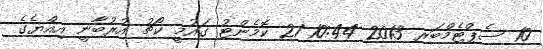
10 ސެޕްޓެމްބަރ 2013 10:44 21 ކޮމެންޓު ގައުމީ ކޯޗު އުރުބާނީ އިއްޔެގެ